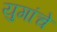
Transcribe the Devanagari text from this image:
युगांचे